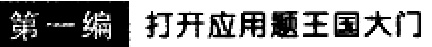
第一编 打开应用题王国大门